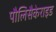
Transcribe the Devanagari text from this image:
पौलिसैकेराइड